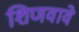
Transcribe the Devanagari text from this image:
शिणवावे